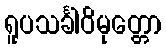
ရူပသင်္ခါဝိမုတ္တော